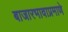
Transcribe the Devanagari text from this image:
बाजारभावाप्रमाणे